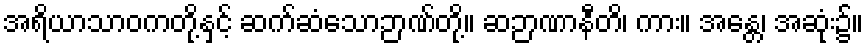
အရိယာသာဝကတို့နှင့် ဆက်ဆံသောဉာဏ်တို့။ ဆဉာဏာနီတိ၊ ကား။ အန္တေ၊ အဆုံး၌။